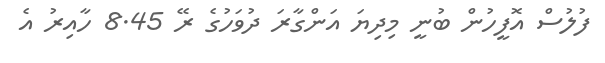
ފުލުސް އޮފީހުން ބުނީ މިދިޔަ އަންގާރަ ދުވަހުގެ ރޭ 8.45 ހާއިރު އެ